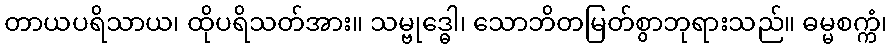
တာယပရိသာယ၊ ထိုပရိသတ်အား။ သမ္ဗုဒ္ဓေါ၊ သောဘိတမြတ်စွာဘုရားသည်။ ဓမ္မစက္ကံ၊